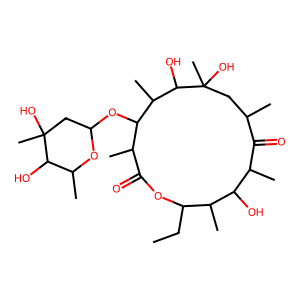
SMILES: CCC1OC(=O)C(C)C(OC2CC(C)(O)C(O)C(C)O2)C(C)C(O)C(C)(O)CC(C)C(=O)C(C)C(O)C1C
Inhibits HIV replication: No